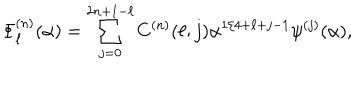
\Phi _ { \ell } ^ { ( n ) } ( \alpha ) = \sum _ { j = 0 } ^ { 2 n + 1 - \ell } C ^ { ( n ) } ( \ell ; j ) \alpha ^ { 1 / 4 + \ell + j - 1 } \psi ^ { ( j ) } ( \alpha ) ,